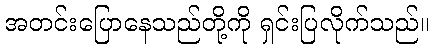
အတင်းပြောနေသည်တို့ကို ရှင်းပြလိုက်သည်။